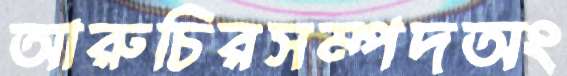
আরুচিরসম্পদঅং